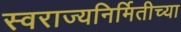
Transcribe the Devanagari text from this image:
स्वराज्यनिर्मितीच्या